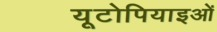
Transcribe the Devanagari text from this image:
यूटोपियाइओं